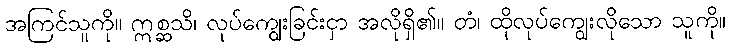
အကြင်သူကို။ ဣစ္ဆသိ၊ လုပ်ကျွေးခြင်းငှာ အလိုရှိ၏။ တံ၊ ထိုလုပ်ကျွေးလိုသော သူကို။